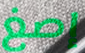
إصغ